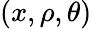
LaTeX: (x,\rho,\theta)